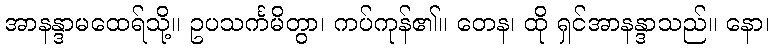
အာနန္ဒာမထေရ်သို့။ ဥပသင်္ကမိတွာ၊ ကပ်ကုန်၏။ တေန၊ ထို ရှင်အာနန္ဒာသည်။ နော၊